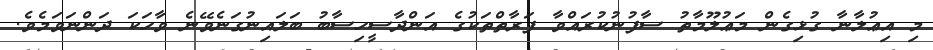
މި އިޢުލާނާ ގުޅިގެން މަޢުލޫމާތު ސާފުނުކުރައްވާ ފަރާތްތަކުގެ އަންދާސީހިސާބު ބަލައިނުގަނެވޭނެ ވާހަކަ ދަންނަވަމެވެ.